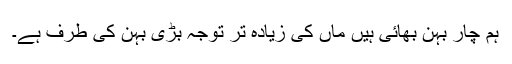
ہم چار بہن بھائی ہیں ماں کی زیادہ تر توجہ بڑی بہن کی طرف ہے۔